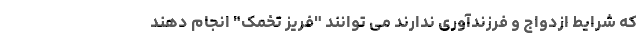
که شرایط ازدواج و فرزندآوری ندارند می توانند "فریز تخمک" انجام دهند